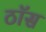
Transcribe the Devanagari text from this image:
ठॉस